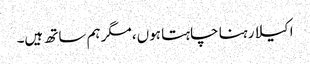
اکیلا رہنا چاہتا ہوں، مگر ہم ساتھ ہیں۔